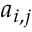
a _ { i , j }